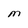
Character: M